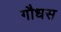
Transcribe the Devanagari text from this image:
गौधस